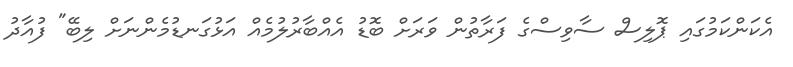
އެކަންކަމުގައި ޕޮލިސް ސާވިސްގެ ފަރާތުން ވަރަށް ބޮޑު އެއްބާރުލުމެއް އަޅުގަނޑުމެންނަށް ލިބޭ" ފުއާދު